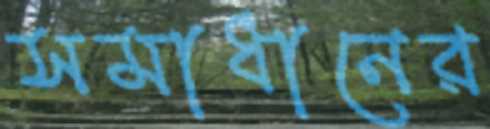
সমাধানের